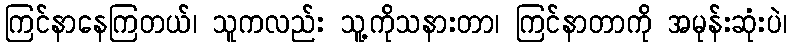
ကြင်နာနေကြတယ်၊ သူကလည်း သူ့ကိုသနားတာ၊ ကြင်နာတာကို အမုန်းဆုံးပဲ၊